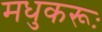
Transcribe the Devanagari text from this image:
मधुकरूः